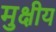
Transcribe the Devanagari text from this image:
मुक्षीय